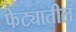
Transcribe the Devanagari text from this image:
फेट्यातील